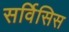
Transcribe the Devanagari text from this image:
सर्विसिस